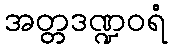
အတ္တဒဏ္ဍဝရံ